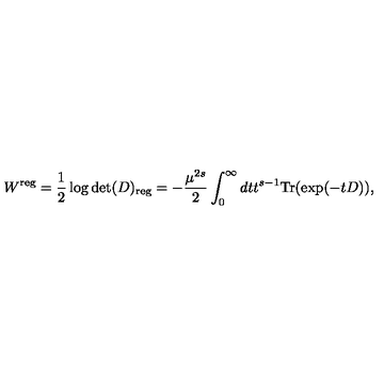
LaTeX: W ^ { \mathrm { \scriptsize r e g } } = \frac 1 2 \log \det ( D ) _ { \mathrm { \scriptsize r e g } } = - \frac { \mu ^ { 2 s } } { 2 } \int _ { 0 } ^ { \infty } d t t ^ { s - 1 } \mathrm { T r } ( \exp ( - t D ) ) ,